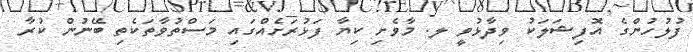
ފުލުހުންގެ އޮފިޝަލަކު ވިދާޅުވީ ލ. މާވެށި ކިޔާ ފަޅުރަށެއްގައި މަސްތުވާތަކެތި ބޭނުން ކުރާ